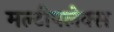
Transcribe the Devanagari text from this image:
मल्टीपलेक्स